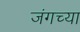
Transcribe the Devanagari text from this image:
जंगच्या